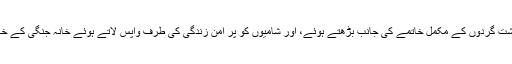
روسی صدر ولادی میر پوٹن کا کہنا تھا کہ شام میں دہشت گردوں کے مکمل خاتمے کی جانب بڑھتے ہوئے، اور شامیوں کو پر امن زندگی کی طرف واپس لاتے ہوئے خانہ جنگی کے خاتمے کے لیے ساز گار حالات پیدا کیے جا چکے ہیں ۔